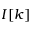
I [ k ]